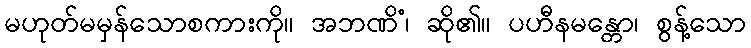
မဟုတ်မမှန်သောစကားကို။ အဘဏိံ၊ ဆို၏။ ပဟီနမန္တော၊ စွန့်သော